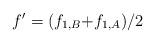
LaTeX: \begin{align*}f' = {{\left( {{f_{1,B}}{\rm{ + }}{f_{1,A}}} \right)} \mathord{\left/ {\vphantom {{\left( {{f_{1,B}}{\rm{ + }}{f_{1,A}}} \right)} 2}} \right. \kern-\nulldelimiterspace} 2}\end{align*}